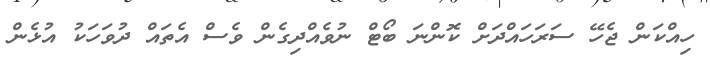
ހިއްކަން ޖެހޭ ސަރަހައްދަށް ކޮންނަ ބޯޓް ނުވެއްދިގެން ވެސް އެތައް ދުވަހަކު އުޅެން